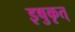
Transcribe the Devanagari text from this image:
इषुकृत्